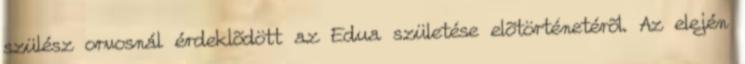
szülész orvosnál érdeklõdött az Edua születése elõtörténetérõl. Az elején